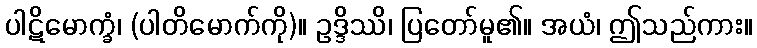
ပါဋိမောက္ခံ၊ (ပါတိမောက်ကို)။ ဥဒ္ဒိဿိ၊ ပြတော်မူ၏။ အယံ၊ ဤသည်ကား။